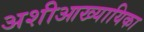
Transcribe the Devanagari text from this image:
अशीआख्यायिका